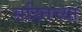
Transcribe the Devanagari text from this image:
सहितच्या